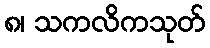
၈၊ သကလိကသုတ်